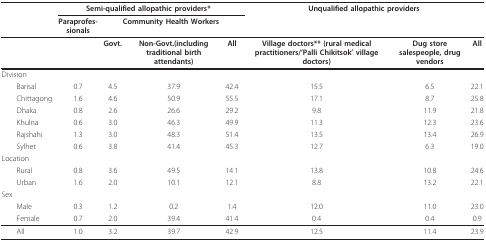
<table><thead><tr><td></td><td colspan="4"><b>Semi-qualified allopathic providers*</b></td><td colspan="3"><b>Unqualified allopathic providers</b></td></tr><tr><td></td><td><b>Paraprofes-sionals</b></td><td colspan="3"><b>Community Health Workers</b></td><td></td><td></td><td></td></tr></thead><tbody><tr><td></td><td></td><td><b>Govt.</b></td><td><b>Non-Govt.(including traditional birth attendants)</b></td><td><b>All</b></td><td><b>Village doctors** (rural medical practitioners/&#x27;Palli Chikitsok&#x27; village doctors)</b></td><td><b>Dug store salespeople, drug vendors</b></td><td><b>All</b></td></tr><tr><td>Division</td><td></td><td></td><td></td><td></td><td></td><td></td><td></td></tr><tr><td> Barisal</td><td>0.7</td><td>4.5</td><td>37.9</td><td>42.4</td><td>15.5</td><td>6.5</td><td>22.1</td></tr><tr><td> Chittagong</td><td>1.6</td><td>4.6</td><td>50.9</td><td>55.5</td><td>17.1</td><td>8.7</td><td>25.8</td></tr><tr><td> Dhaka</td><td>0.8</td><td>2.6</td><td>26.6</td><td>29.2</td><td>9.8</td><td>11.9</td><td>21.8</td></tr><tr><td> Khulna</td><td>0.6</td><td>3.0</td><td>46.3</td><td>49.9</td><td>11.3</td><td>12.3</td><td>23.6</td></tr><tr><td> Rajshahi</td><td>1.3</td><td>3.0</td><td>48.3</td><td>51.4</td><td>13.5</td><td>13.4</td><td>26.9</td></tr><tr><td> Sylhet</td><td>0.6</td><td>3.8</td><td>41.4</td><td>45.3</td><td>12.7</td><td>6.3</td><td>19.0</td></tr><tr><td>Location</td><td></td><td></td><td></td><td></td><td></td><td></td><td></td></tr><tr><td> Rural</td><td>0.8</td><td>3.6</td><td>49.5</td><td>14.1</td><td>13.8</td><td>10.8</td><td>24.6</td></tr><tr><td> Urban</td><td>1.6</td><td>2.0</td><td>10.1</td><td>12.1</td><td>8.8</td><td>13.2</td><td>22.1</td></tr><tr><td>Sex</td><td></td><td></td><td></td><td></td><td></td><td></td><td></td></tr><tr><td> Male</td><td>0.3</td><td>1.2</td><td>0.2</td><td>1.4</td><td>12.0</td><td>11.0</td><td>23.0</td></tr><tr><td> Female</td><td>0.7</td><td>2.0</td><td>39.4</td><td>41.4</td><td>0.4</td><td>0.4</td><td>0.9</td></tr><tr><td> All</td><td>1.0</td><td>3.2</td><td>39.7</td><td>42.9</td><td>12.5</td><td>11.4</td><td>23.9</td></tr></tbody></table>